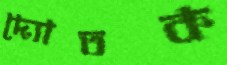
দ্যোতক